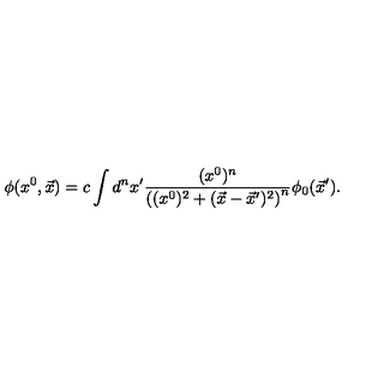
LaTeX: \phi ( x ^ { 0 } , \vec { x } ) = c \int d ^ { n } x ^ { \prime } { \frac { ( x ^ { 0 } ) ^ { n } } { \left( ( x ^ { 0 } ) ^ { 2 } + ( \vec { x } - { \vec { x } } ^ { \prime } ) ^ { 2 } \right) ^ { n } } } \phi _ { 0 } ( { \vec { x } } ^ { \prime } ) .